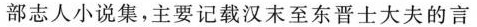
部志人小说集，主要记载汉末至东晋士大夫的言